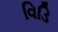
વિડિ